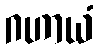
ဂဟာယံ